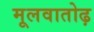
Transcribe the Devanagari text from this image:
मूलवातोढ़